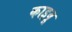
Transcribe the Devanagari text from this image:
काइवू